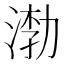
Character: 𰜎